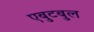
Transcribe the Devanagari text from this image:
एबुटबुल